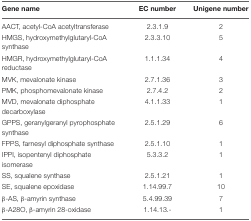
<table><thead><tr><td><b>Gene name</b></td><td><b>EC number</b></td><td><b>Unigene number</b></td></tr></thead><tbody><tr><td>AACT, acetyl-CoA acetyltransferase</td><td>2.3.1.9</td><td>2</td></tr><tr><td>HMGS, hydroxymethylglutaryl-CoA synthase</td><td>2.3.3.10</td><td>5</td></tr><tr><td>HMGR, hydroxymethylglutaryl-CoA reductase</td><td>1.1.1.34</td><td>4</td></tr><tr><td>MVK, mevalonate kinase</td><td>2.7.1.36</td><td>3</td></tr><tr><td>PMK, phosphomevalonate kinase</td><td>2.7.4.2</td><td>2</td></tr><tr><td>MVD, mevalonate diphosphate decarboxylase</td><td>4.1.1.33</td><td>1</td></tr><tr><td>GPPS, geranylgeranyl pyrophosphate synthase</td><td>2.5.1.29</td><td>6</td></tr><tr><td>FPPS, farnesyl diphosphate synthase</td><td>2.5.1.10</td><td>1</td></tr><tr><td>IPPI, isopentenyl diphosphate isomerase</td><td>5.3.3.2</td><td>1</td></tr><tr><td>SS, squalene synthase</td><td>2.5.1.21</td><td>1</td></tr><tr><td>SE, squalene epoxidase</td><td>1.14.99.7</td><td>10</td></tr><tr><td>β-AS, β-amyrin synthase</td><td>5.4.99.39</td><td>7</td></tr><tr><td>β-A28O, β-amyrin 28-oxidase</td><td>1.14.13.-</td><td>1</td></tr></tbody></table>